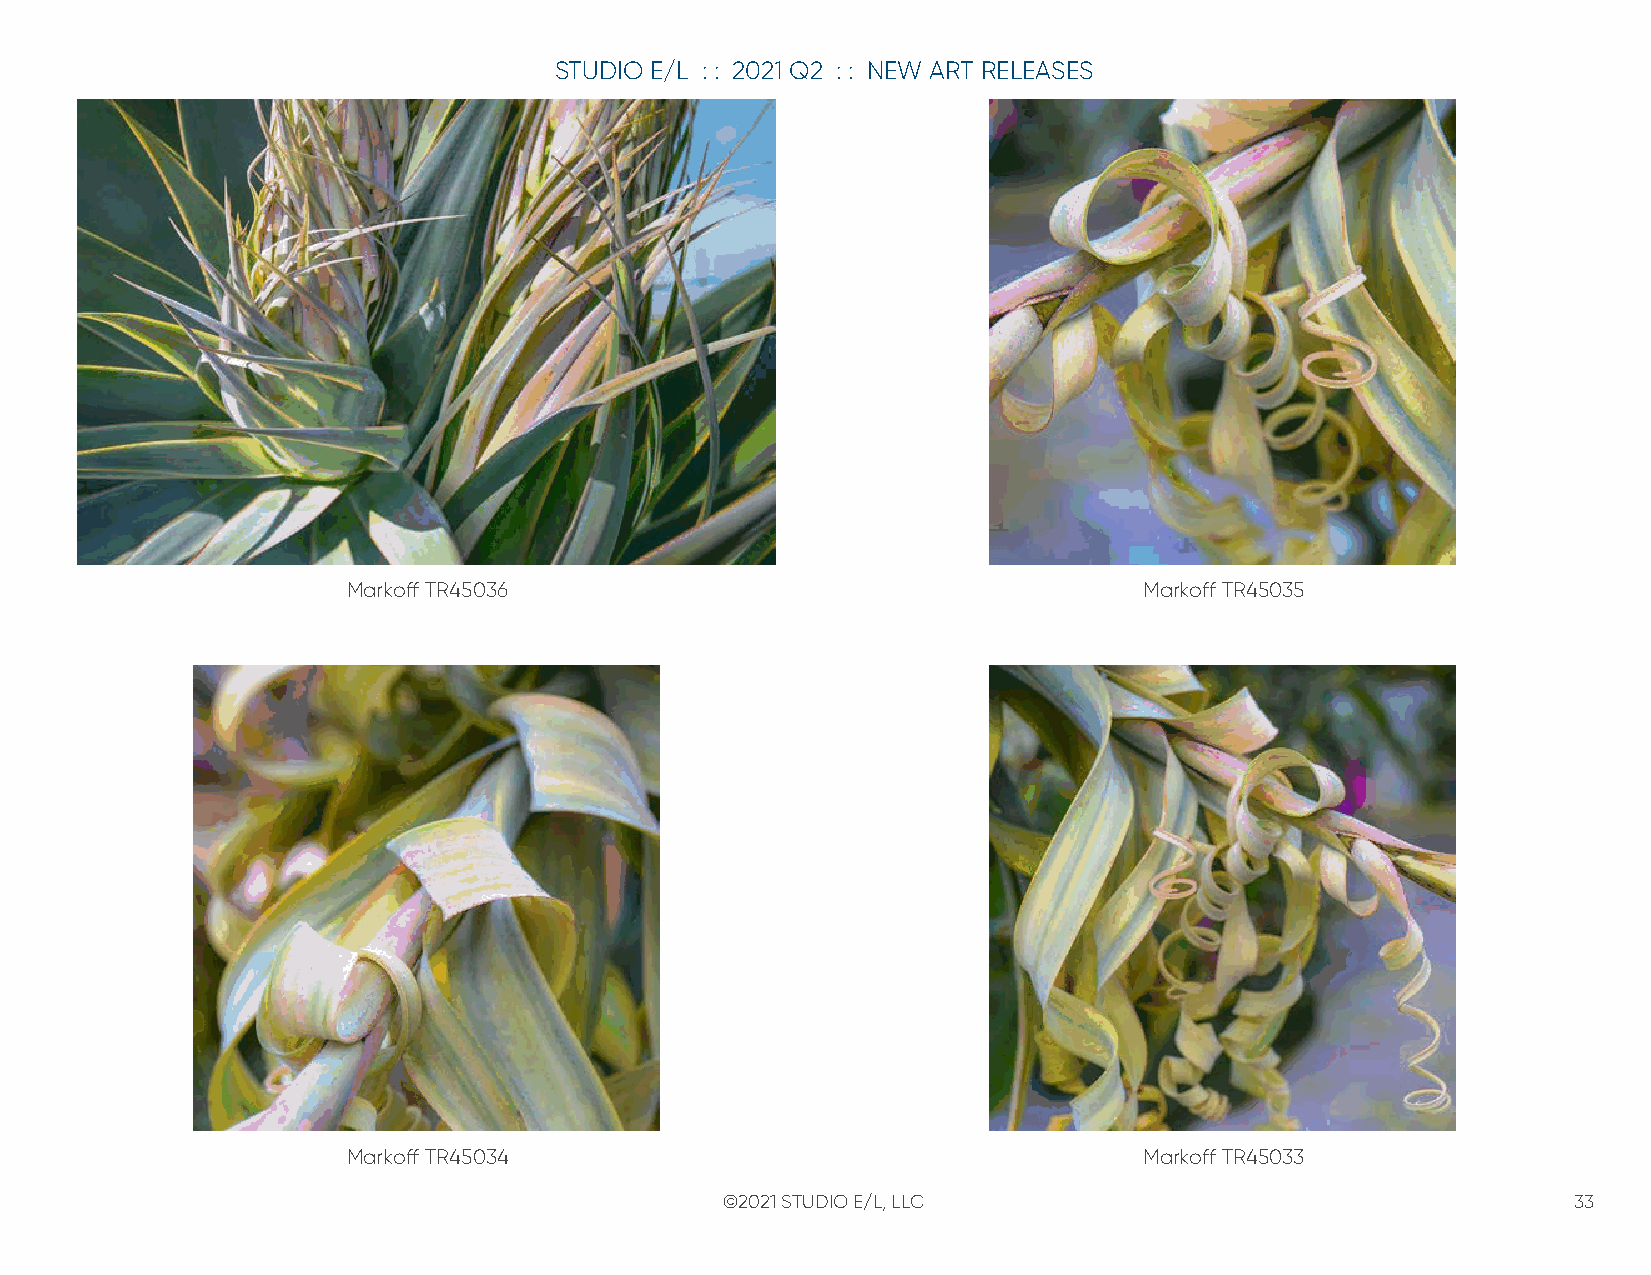
STUDIO E/L : : 2021 Q2 : : NEW ART RELEASES
 Markoff TR45036                                      Markoff TR45035
 Markoff TR45034                                      Markoff TR45033
 ©2021 STUDIO E/L, LLC                                   33